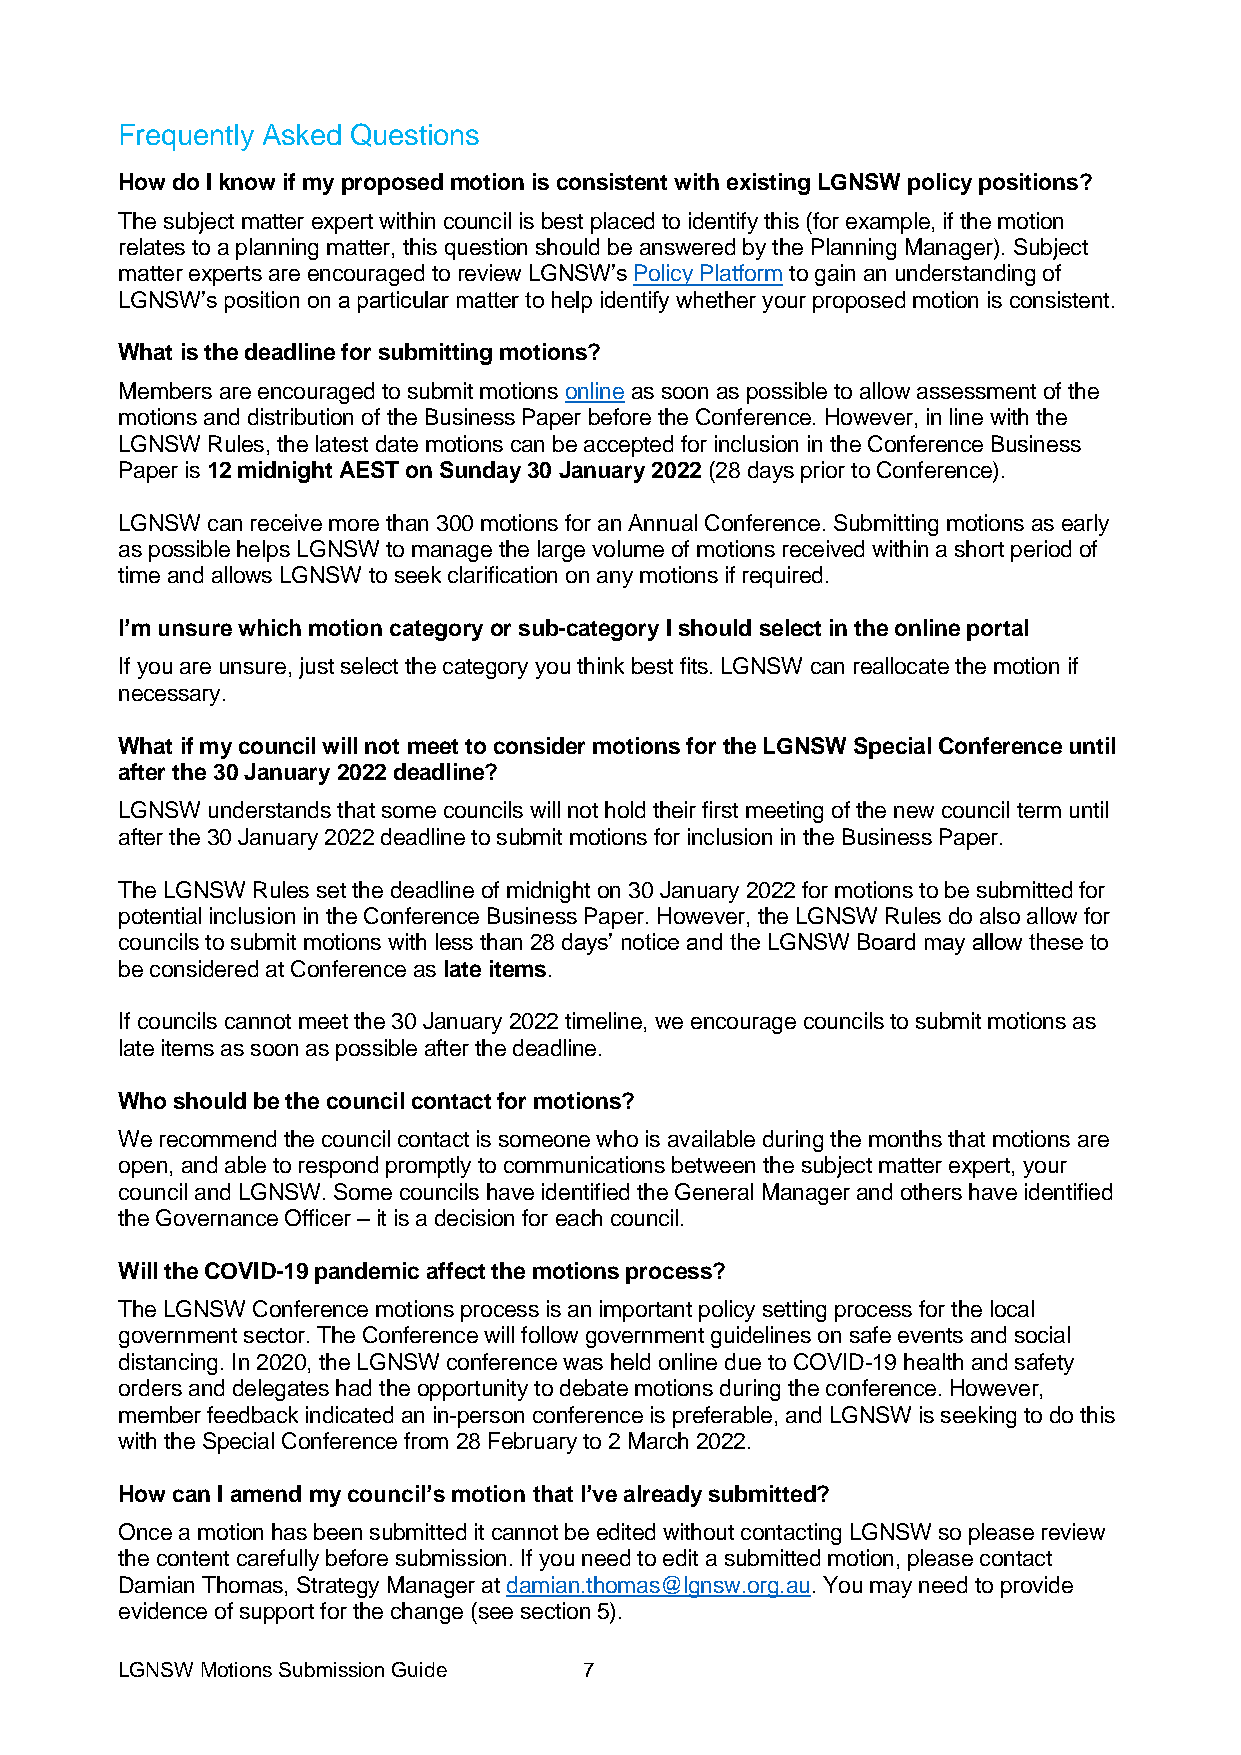
Frequently Asked Questions
 How do I know if my proposed motion is consistent with existing LGNSW policy positions?
 The subject matter expert within council is best placed to identify this (for example, if the motion
 relates to a planning matter, this question should be answered by the Planning Manager). Subject
 matter experts are encouraged to review LGNSW’s Policy Platform to gain an understanding of
 LGNSW’s position on a particular matter to help identify whether your proposed motion is consistent.
 What is the deadline for submitting motions?
 Members are encouraged to submit motions online as soon as possible to allow assessment of the
 motions and distribution of the Business Paper before the Conference. However, in line with the
 LGNSW Rules, the latest date motions can be accepted for inclusion in the Conference Business
 Paper is 12 midnight AEST on Sunday 30 January 2022 (28 days prior to Conference).
 LGNSW can receive more than 300 motions for an Annual Conference. Submitting motions as early
 as possible helps LGNSW to manage the large volume of motions received within a short period of
 time and allows LGNSW to seek clarification on any motions if required.
 I’m unsure which motion category or sub-category I should select in the online portal
 If you are unsure, just select the category you think best fits. LGNSW can reallocate the motion if
 necessary.
 What if my council will not meet to consider motions for the LGNSW Special Conference until
 after the 30 January 2022 deadline?
 LGNSW understands that some councils will not hold their first meeting of the new council term until
 after the 30 January 2022 deadline to submit motions for inclusion in the Business Paper.
 The LGNSW Rules set the deadline of midnight on 30 January 2022 for motions to be submitted for
 potential inclusion in the Conference Business Paper. However, the LGNSW Rules do also allow for
 councils to submit motions with less than 28 days’ notice and the LGNSW Board may allow these to
 be considered at Conference as late items.
 If councils cannot meet the 30 January 2022 timeline, we encourage councils to submit motions as
 late items as soon as possible after the deadline.
 Who should be the council contact for motions?
 We recommend the council contact is someone who is available during the months that motions are
 open, and able to respond promptly to communications between the subject matter expert, your
 council and LGNSW. Some councils have identified the General Manager and others have identified
 the Governance Officer – it is a decision for each council.
 Will the COVID-19 pandemic affect the motions process?
 The LGNSW Conference motions process is an important policy setting process for the local
 government sector. The Conference will follow government guidelines on safe events and social
 distancing. In 2020, the LGNSW conference was held online due to COVID-19 health and safety
 orders and delegates had the opportunity to debate motions during the conference. However,
 member feedback indicated an in-person conference is preferable, and LGNSW is seeking to do this
 with the Special Conference from 28 February to 2 March 2022.
 How can I amend my council’s motion that I’ve already submitted?
 Once a motion has been submitted it cannot be edited without contacting LGNSW so please review
 the content carefully before submission. If you need to edit a submitted motion, please contact
 Damian Thomas, Strategy Manager at damian.thomas@lgnsw.org.au. You may need to provide
 evidence of support for the change (see section 5).
 LGNSW Motions Submission Guide 7